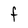
Character: F